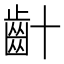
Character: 𪗕